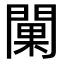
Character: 𨵚